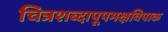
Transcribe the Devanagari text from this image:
चित्रशब्दापूपभक्षविपाक